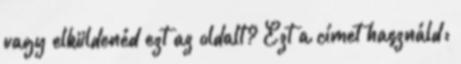
vagy elküldenéd ezt az oldalt? Ezt a címet használd: